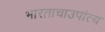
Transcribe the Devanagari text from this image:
भारताचाउपांत्य